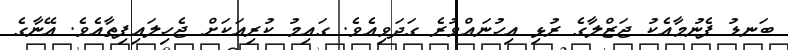
ބަނޑު ފެނުމާއެކު ޖަޒްލާގެ ރުޅި އިހުނައްވުރެ ގަދަވިއެވެ. ގައިމު ކުރިއަކަށް ޖެހިލައިފިތާއެވެ. އޭނާގެ